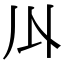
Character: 𠄓